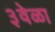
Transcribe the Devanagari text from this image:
३वेळा